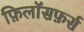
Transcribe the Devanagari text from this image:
फ़िलॉसफ़र्स